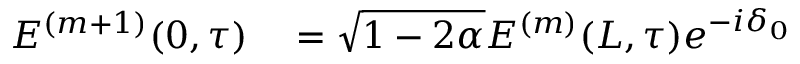
\begin{array} { r l } { E ^ { ( m + 1 ) } ( 0 , \tau ) } & { { } = \sqrt { 1 - 2 \alpha } E ^ { ( m ) } ( L , \tau ) e ^ { - i \delta _ { 0 } } } \end{array}